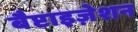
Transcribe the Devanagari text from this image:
बैप्टाइज़ेशन